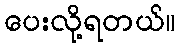
ပေးလို့ရတယ်။